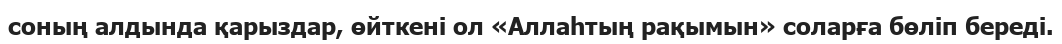
соның алдында қарыздар, өйткені ол «Аллаһтың рақымын» соларға бөліп береді.